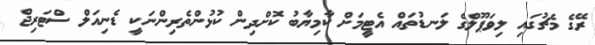
ރޭގެ މެޗުގައި ލިވަޕޫލްގެ ލަނޑުތައް އެޓީމަށް ކާމިޔާބު ކޮށްދިން ކުޅުންތެރިންނަކީ ޑެނިއަލް ސްޓަރިޖް